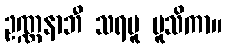
ဥဏ္ဏနာဘီ သရဗူ မူသိကာ။